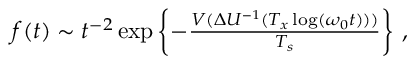
\begin{array} { r } { f ( t ) \sim t ^ { - 2 } \exp \left\{ - \frac { V ( \Delta U ^ { - 1 } ( T _ { x } \log ( \omega _ { 0 } t ) ) ) } { T _ { s } } \right\} \, , } \end{array}